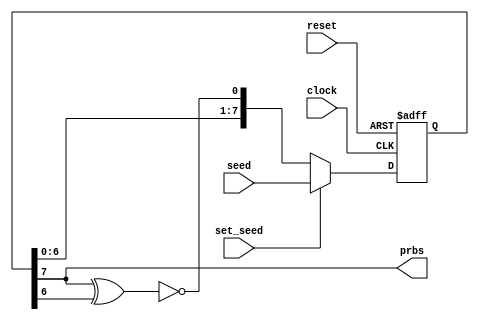
`timescale 1ns/1ps

module prbs #(
	parameter SIZE = 8,
  	parameter TAP1 = 7,
  	parameter TAP2 = 6)
	(
  	input clock, reset, set_seed, 
  	input [SIZE-1:0] seed,
  	output prbs
);
  
  reg [SIZE-1:0] prbs_core;
  
  assign prbs = prbs_core[SIZE-1];
  
  always @(posedge clock or negedge reset)
    if (reset == 1'b0)
      prbs_core <= 0;
  	else if (set_seed == 1'b1)
      prbs_core <= seed;
  	else
      prbs_core <= {prbs_core[SIZE-2:0], prbs_core[TAP1] ^ prbs_core[TAP2] ^ 1'b1}; 
  
  
    /* 8 bit prbs
  reg [7:0] prbs_core;
  
  assign prbs = prbs_core[7];
  
  always @(posedge clock or negedge reset)
    if (reset == 1'b0)
      prbs_core <= 0;
  	else
      prbs_core <= {prbs_core[6:0], prbs_core[7] ^ prbs_core[6] ^ 1'b1}; 
  		// X^7+X^6+1
   */
endmodule